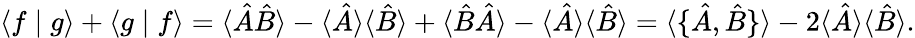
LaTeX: \langle f\mid g\rangle+\langle g\mid f\rangle=\langle{\hat{A}}{\hat{B}}\rangle-\langle{\hat{A}}\rangle\langle{\hat{B}}\rangle+\langle{\hat{B}}{\hat{A}}\rangle-\langle{\hat{A}}\rangle\langle{\hat{B}}\rangle=\langle\{ {\hat{A}},{\hat{B}}\} \rangle-2\langle{\hat{A}}\rangle\langle{\hat{B}}\rangle.